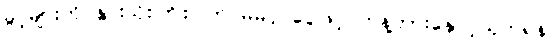
ခွင့်များကို နွားသိုးကြိုးပြတ် မိမိပိုင်ငွေဖြင့် ဟန့်တားနှောင့်ယှက်ရန်